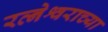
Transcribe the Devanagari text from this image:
रत्नेश्वराच्या